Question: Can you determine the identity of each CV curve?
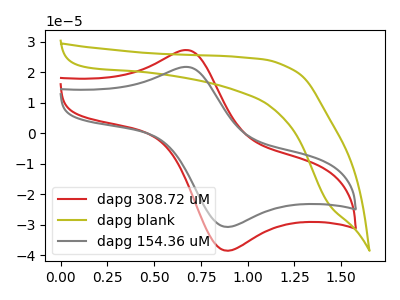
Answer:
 <answer>The red curve is labeled "dapg 308.72 uM". The olive curve is labeled "dapg blank". The gray curve is labeled "dapg 154.36 uM".</answer>
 <eval></eval>